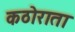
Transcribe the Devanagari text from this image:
कठोराता